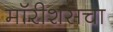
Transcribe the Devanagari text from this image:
मॉरीशसचा